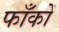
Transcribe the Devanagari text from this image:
फाँकों